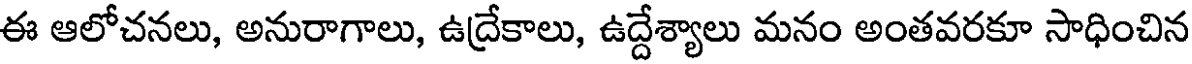
ఈ ఆలోచనలు, అనురాగాలు, ఉద్రేకాలు, ఉద్దేశ్యాలు మనం అంతవరకూ సాధించిన